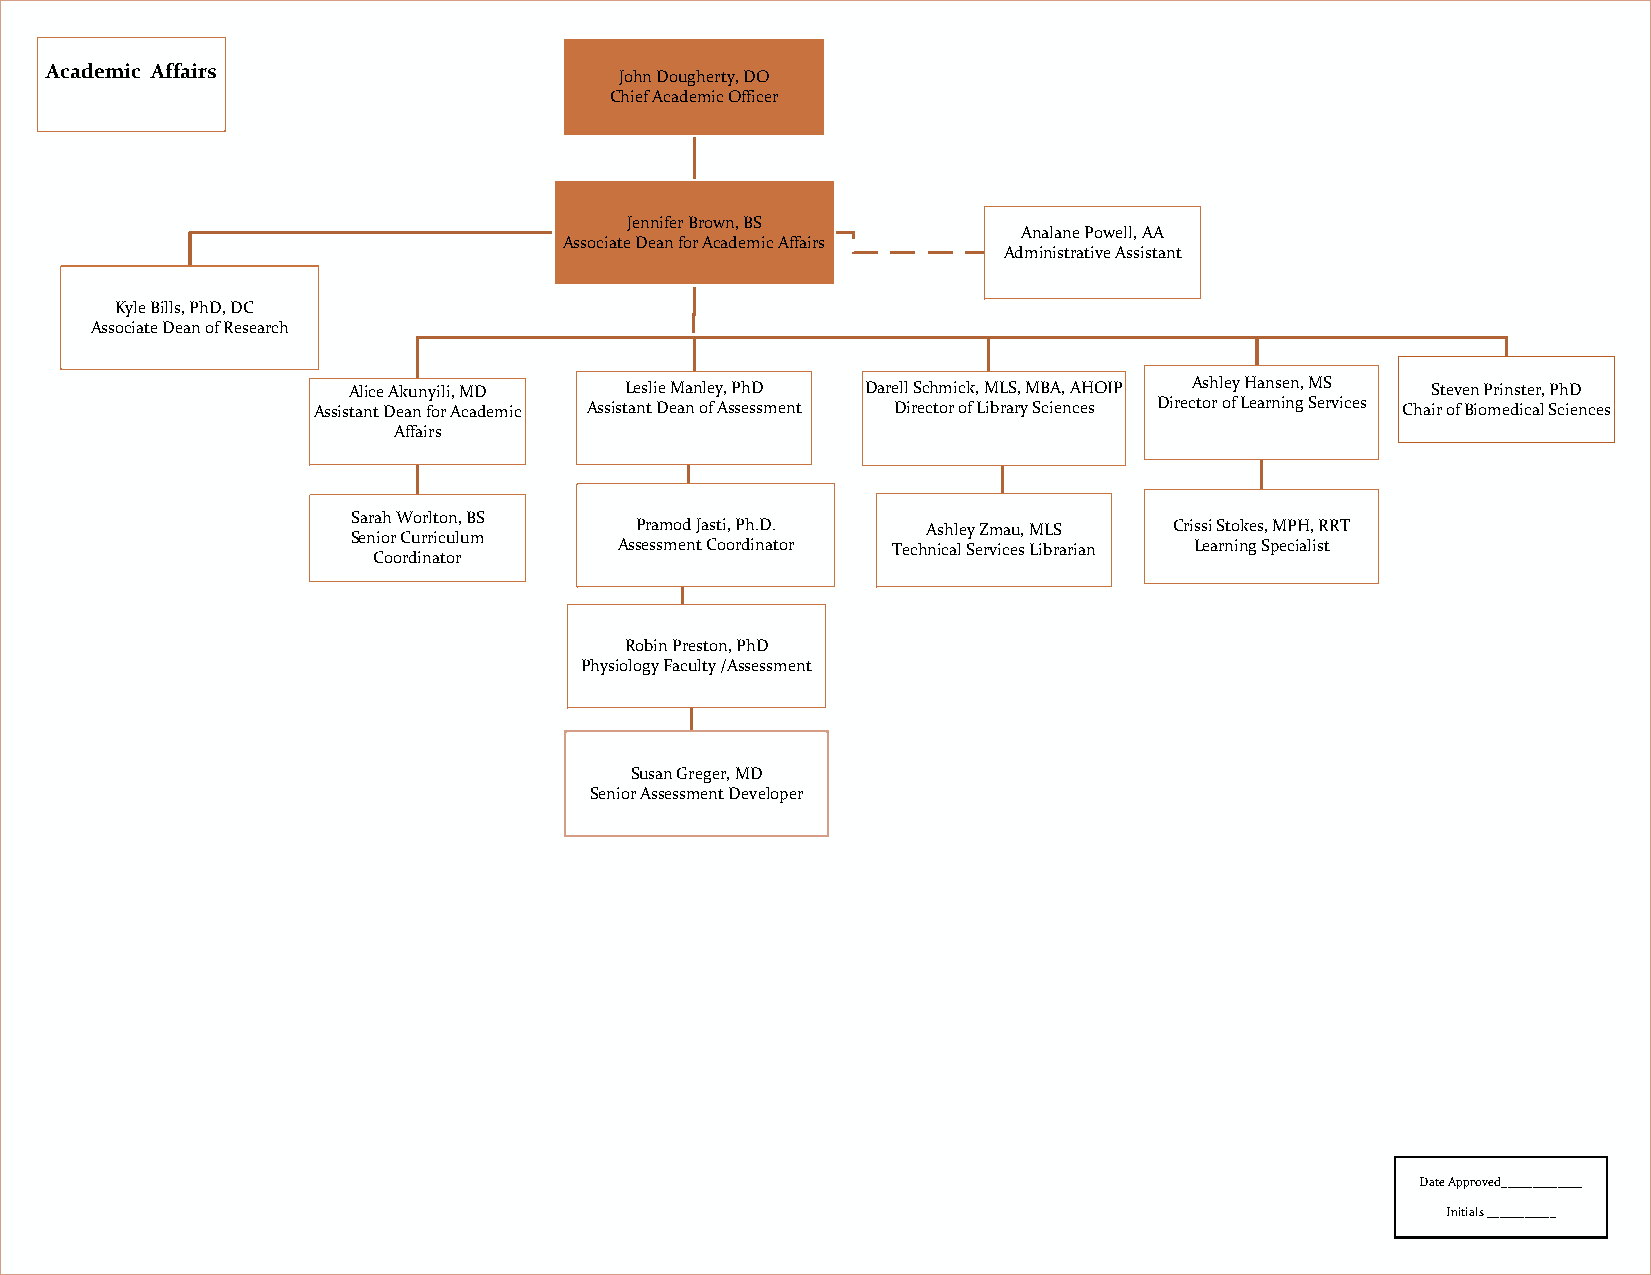
AAccaaddeemmiicc AAffffaaiirrss
 JJoohhnn DDoouugghheerrttyy,, DDOO
 CChhiieeff AAccaaddeemmiicc OOffffiicceerr
 JJeennnniiffeerr BBrroowwnn,, BBSS
 AAnnaallaannee PPoowweellll,, AAAA
 AAssssoocciiaattee DDeeaann ffoorr AAccaaddeemmiicc AAffffaaiirrss
 AAddmmiinniissttrraattiivvee AAssssiissttaanntt
 KKyyllee BBiillllss,, PPhhDD,, DDCC
 AAssssoocciiaattee DDeeaann ooff RReesseeaarrcchh
 AAlliiccee AAkkuunnyyiillii,, MMDD LLeesslliiee MMaannlleeyy,, PPhhDD DDaarreellll SScchhmmiicckk,, MMLLSS,, MMBBAA,, AAHHOOIIPP AAsshhlleeyy HHaannsseenn,, MMSS SStteevveenn PPrriinnsstteerr,, PPhhDD
 AAssssiissttaanntt DDeeaann ffoorr AAccaaddeemmiicc AAssssiissttaanntt DDeeaann ooff AAsssseessssmmeenntt DDiirreeccttoorr ooff LLiibbrraarryy SScciieenncceess DDiirreeccttoorr ooff LLeeaarrnniinngg SSeerrvviicceess CChhaaiirr ooff BBiioommeeddiiccaall SScciieenncceess
 AAffffaaiirrss
 SSaarraahh WWoorrllttoonn,, BBSS
 PPrraammoodd JJaassttii,, PPhh..DD.. AAsshhlleeyy ZZmmaauu,, MMLLSS CCrriissssii SSttookkeess,, MMPPHH,, RRRRTT
 SSeenniioorr CCuurrrriiccuulluumm
 AAsssseessssmmeenntt CCoooorrddiinnaattoorr TTeecchhnniiccaall SSeerrvviicceess LLiibbrraarriiaann LLeeaarrnniinngg SSppeecciiaalliisstt
 CCoooorrddiinnaattoorr
 RRoobbiinn PPrreessttoonn,, PPhhDD
 PPhhyyssiioollooggyy FFaaccuullttyy //AAsssseessssmmeenntt
 SSuussaann GGrreeggeerr,, MMDD
 SSeenniioorr AAsssseessssmmeenntt DDeevveellooppeerr
 Date Approved_____________
 Initials ___________